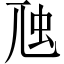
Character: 虺